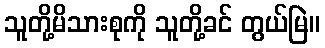
သူတို့မိသားစုကို သူတို့ခင် တွယ်မြဲ။